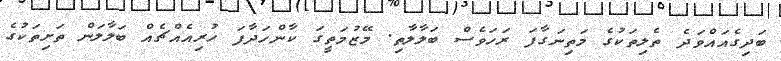
ބަދިގެއައްވަދެ ތެލިތަކުގެ މަތިނަގާފަ ރަހަވެސް ބަލާލާތި. މޭޒުމަތީގަ ކާންހަދާފަ ހުރިއެއްޗެއް ބަލާލަން ތަށިތަކުގެ